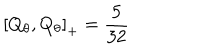
\left[ Q _ { \theta } , Q _ { \theta } \right] _ { + } = \frac { 5 } { 3 2 }